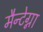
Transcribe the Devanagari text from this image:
मैन्टेग्ना